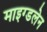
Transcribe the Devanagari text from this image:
माइग्डलेन